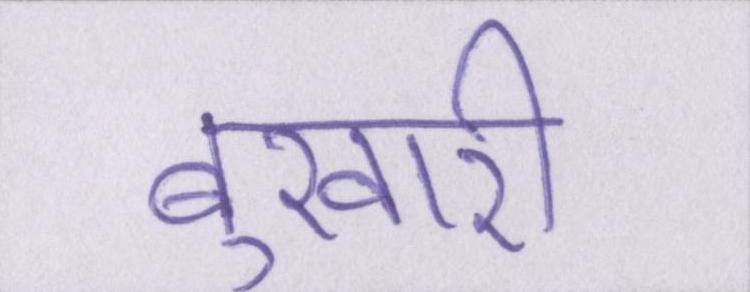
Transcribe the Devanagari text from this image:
बुखारी